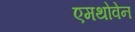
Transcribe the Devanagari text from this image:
एमथोवेन